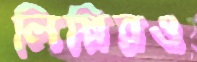
লিপ্পিরও